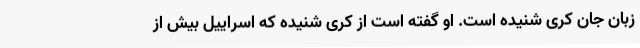
زبان جان کری شنیده است. او گفته است از کری شنیده که اسراییل بیش از